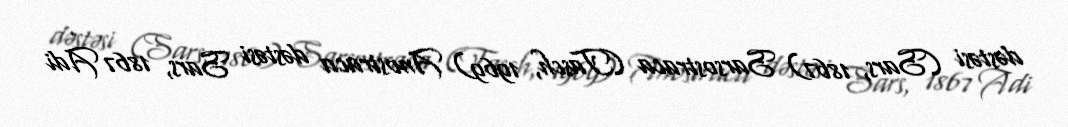
dəstəsi (Sars, 1867) Sarsostraca (Tasch, 1969) Anostraca dəstəsi Sars, 1867 Adi